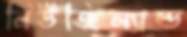
নিউজিল্যাল্ড